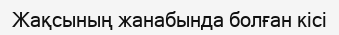
Жақсының жанабында болған кісі